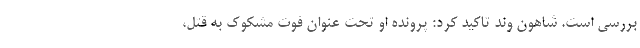
بررسی است. شاهون وند تاکید کرد: پرونده او تحت عنوان فوت مشکوک به قتل،